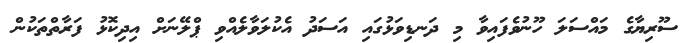
ސޫރިޔާގެ މައްސަލަ ހޫނުވެފައިވާ މި ދަނޑިވަޅުގައި އަސަދު އެކުލަވާލެއްވި ޕްލޭނަށް އިދިކޮޅު ފަރާތްތަކުން